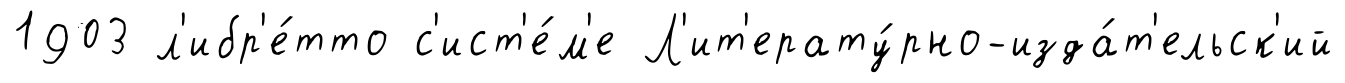
1903 л'ибр'е́тто с'ист'е́м'е Л'ит'ерату́рно-изда́т'ельск'ий